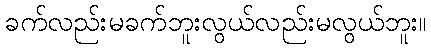
ခက်လည်းမခက်ဘူးလွယ်လည်းမလွယ်ဘူး။